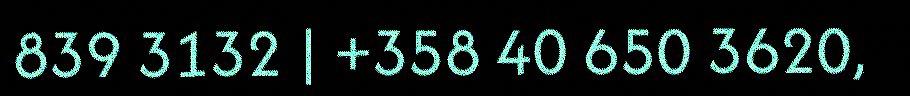
839 3132 | +358 40 650 3620,